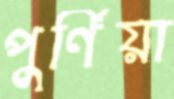
পুর্ণিয়া